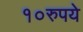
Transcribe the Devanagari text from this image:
१०रुपये